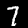
Label: 7